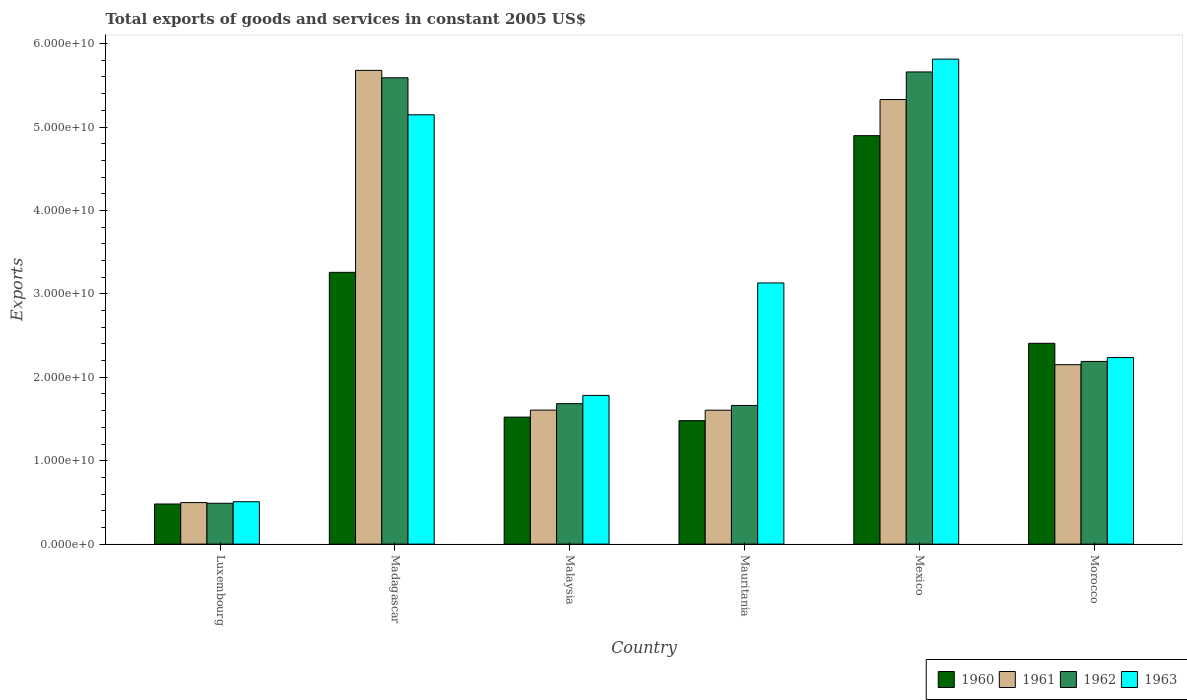
| Country | 1960 | 1961 | 1962 | 1963 |
 | --- | --- | --- | --- | --- |
 | Luxembourg | 4.81e+09 | 4.98e+09 | 4.9e+09 | 5.08e+09 |
 | Madagascar | 3.26e+10 | 5.68e+10 | 5.59e+10 | 5.15e+10 |
 | Malaysia | 1.52e+10 | 1.61e+10 | 1.68e+10 | 1.78e+10 |
 | Mauritania | 1.48e+10 | 1.61e+10 | 1.66e+10 | 3.13e+10 |
 | Mexico | 4.9e+10 | 5.33e+10 | 5.66e+10 | 5.81e+10 |
 | Morocco | 2.41e+10 | 2.15e+10 | 2.19e+10 | 2.24e+10 |